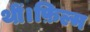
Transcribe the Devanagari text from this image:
थीं।फ़िल्म